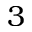
3